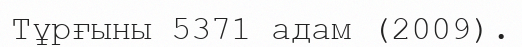
Тұрғыны 5371 адам (2009).